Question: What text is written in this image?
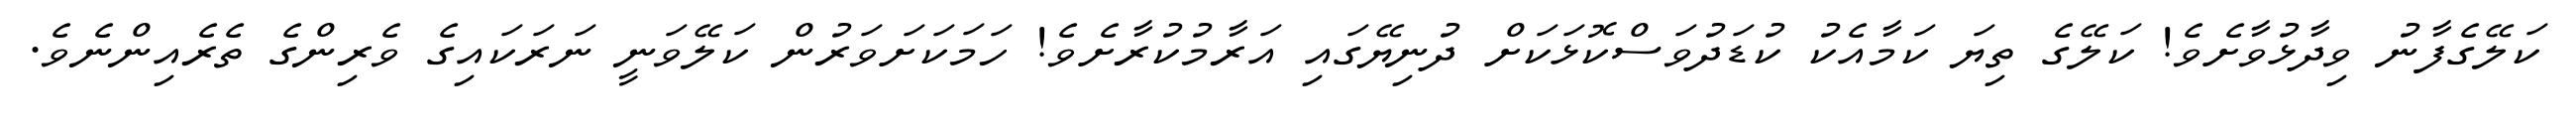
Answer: ކަލޭގެފާނު ވިދާޅުވާށެވެ! ކަލޭގެ ތިޔަ ކަމާއެކު ކުޑަދުވަސްކޮޅަކަށް ދުނިޔޭގައި އަރާމުކުރާށެވެ! ހަމަކަށަވަރުން ކަލޭވަނީ ނަރަކައިގެ ވެރިންގެ ތެރެއިންނެވެ.